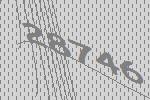
28746